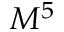
M ^ { 5 }